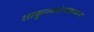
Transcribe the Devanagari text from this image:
शाकुन्तलोपखयान